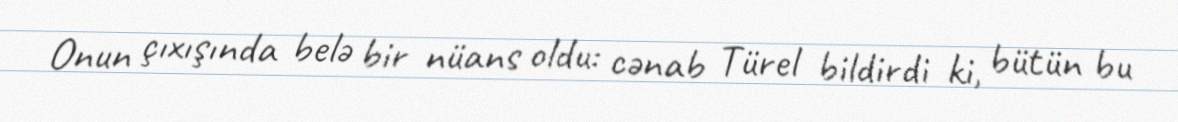
Onun çıxışında belə bir nüans oldu: cənab Türel bildirdi ki, bütün bu